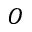
\cal { O }